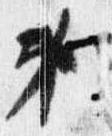
第